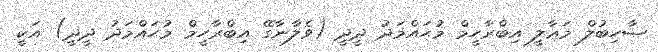
ޞާހިބުލް މަޢާލީ އިބްރާހީމް މުޙައްމަދު ދީދީ (ވެލާނާގޭ އިބްރާހީމް މުޙައްމަދު ދީދީ) އަކީ